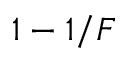
1 - 1 / F